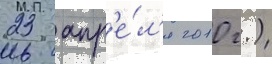
23 апр'е́л'я 2010 г.)